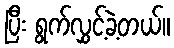
ပြီး ရွက်လွှင့်ခဲ့တယ်။